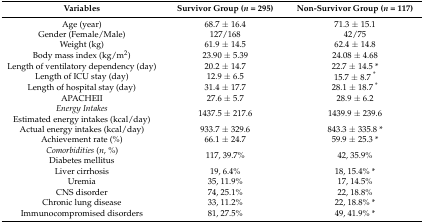
| Variables | Survivor Group(n = 295) | Non-Survivor Group(n = 117) |
 | --- | --- | --- |
 | Age (year) | 68.7 ± 16.4 | 71.3 ± 15.1 |
 | Gender (Female/Male) | 127/168 | 42/75 |
 | Weight (kg) | 61.9 ± 14.5 | 62.4 ± 14.8 |
 | Body mass index (kg/m2) | 23.90 ± 5.39 | 24.08 ± 4.68 |
 | Length of ventilatory dependency (day) | 20.2 ± 14.7 | 22.7 ± 14.5 * |
 | Length of ICU stay (day) | 12.9 ± 6.5 | 15.7 ± 8.7 * |
 | Length of hospital stay (day) | 31.4 ± 17.7 | 28.1 ± 18.7 * |
 | APACHEII | 27.6 ± 5.7 | 28.9 ± 6.2 |
 | Energy IntakesEstimated energy intakes (kcal/day) | 1437.5 ± 217.6 | 1439.9 ± 239.6 |
 | Actual energy intakes (kcal/day) | 933.7 ± 329.6 | 843.3 ± 335.8 * |
 | Achievement rate (%) | 66.1 ± 24.7 | 59.9 ± 25.3 * |
 | Comorbidities (n, %)Diabetes mellitus | 117, 39.7% | 42, 35.9% |
 | Liver cirrhosis | 19, 6.4% | 18, 15.4% * |
 | Uremia | 35, 11.9% | 17, 14.5% |
 | CNS disorder | 74, 25.1% | 22, 18.8% |
 | Chronic lung disease | 33, 11.2% | 22, 18.8% * |
 | Immunocompromised disorders | 81, 27.5% | 49, 41.9% * |